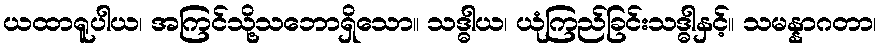
ယထာရူပါယ၊ အကြင်သို့သဘောရှိသော။ သဒ္ဓါယ၊ ယုံကြည်ခြင်းသဒ္ဓါနှင့်။ သမန္နာဂတာ၊